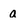
Character: a